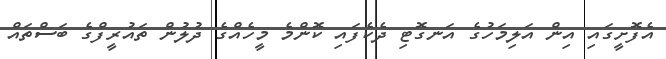
އެފޮށީގައި އިން އަލިމަހުގެ އަނގޮޓި ދެކެފައި ކޮންމެ މީހެއްގެ ދުލުން ތައުރީފްގެ ބަސްތައް